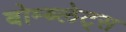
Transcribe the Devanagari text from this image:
बोम्ब्लेट्स